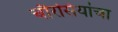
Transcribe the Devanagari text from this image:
चौरसियांचा